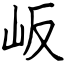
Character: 岅